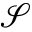
\mathcal { S }